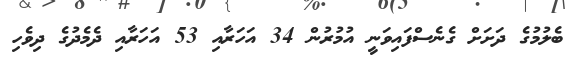
ބެލުމުގެ ދަށަށް ގެނެސްފައިވަނީ އުމުރުން 34 އަހަރާއި 53 އަހަރާއި ދެމެދުގެ ދިވެހި